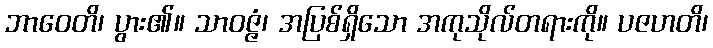
ဘာဝေတိ၊ ပွား၏။ သာဝဇ္ဇံ၊ အပြစ်ရှိသော အကုသိုလ်တရားကို။ ပဇဟတိ၊